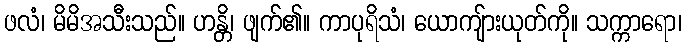
ဖလံ၊ မိမိအသီးသည်။ ဟန္တိ၊ ဖျက်၏။ ကာပုရိသံ၊ ယောကျ်ားယုတ်ကို။ သက္ကာရော၊